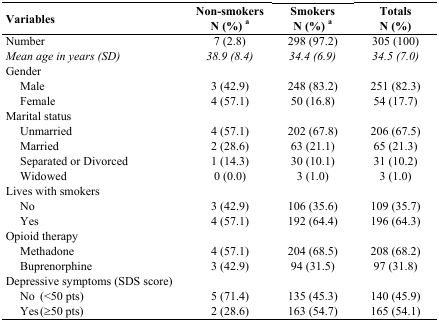
<table><thead><tr><td rowspan="2"><b>Variables</b></td><td><b>Non-smokers</b></td><td><b>Smokers</b></td><td><b>Totals</b></td></tr><tr><td><b>N (%) <sup>a</sup></b></td><td><b>N (%) <sup>a</sup></b></td><td><b>N (%)</b></td></tr></thead><tbody><tr><td>Number</td><td>7 (2.8)</td><td>298 (97.2)</td><td>305 (100)</td></tr><tr><td><i>Mean age in years (SD)</i></td><td><i>38.9 (8.4)</i></td><td><i>34.4 (6.9)</i></td><td><i>34.5 (7.0)</i></td></tr><tr><td>Gender</td><td></td><td></td><td></td></tr><tr><td>Male</td><td>3 (42.9)</td><td>248 (83.2)</td><td>251 (82.3)</td></tr><tr><td>Female</td><td>4 (57.1)</td><td>50 (16.8)</td><td>54 (17.7)</td></tr><tr><td>Marital status</td><td></td><td></td><td></td></tr><tr><td>Unmarried</td><td>4 (57.1)</td><td>202 (67.8)</td><td>206 (67.5)</td></tr><tr><td>Married</td><td>2 (28.6)</td><td>63 (21.1)</td><td>65 (21.3)</td></tr><tr><td>Separated or Divorced</td><td>1 (14.3)</td><td>30 (10.1)</td><td>31 (10.2)</td></tr><tr><td>Widowed</td><td>0 (0.0)</td><td>3 (1.0)</td><td>3 (1.0)</td></tr><tr><td>Lives with smokers</td><td></td><td></td><td></td></tr><tr><td>No</td><td>3 (42.9)</td><td>106 (35.6)</td><td>109 (35.7)</td></tr><tr><td>Yes</td><td>4 (57.1)</td><td>192 (64.4)</td><td>196 (64.3)</td></tr><tr><td>Opioid therapy</td><td></td><td></td><td></td></tr><tr><td>Methadone</td><td>4 (57.1)</td><td>204 (68.5)</td><td>208 (68.2)</td></tr><tr><td>Buprenorphine</td><td>3 (42.9)</td><td>94 (31.5)</td><td>97 (31.8)</td></tr><tr><td>Depressive symptoms (SDS score)</td><td></td><td></td><td></td></tr><tr><td>No (&lt;50 pts)</td><td>5 (71.4)</td><td>135 (45.3)</td><td>140 (45.9)</td></tr><tr><td>Yes (≥50 pts)</td><td>2 (28.6)</td><td>163 (54.7)</td><td>165 (54.1)</td></tr></tbody></table>